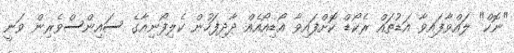
"ނޮކް" ލައްވާފައިވާ އަޑުތައް ރެކޯޑް ކޮށްފައިވާ އޯޑިއޯއެއް ދާދިފަހުން ކެލިފޯނިއާގެ ސައިންސްވެރިން ވަނީ